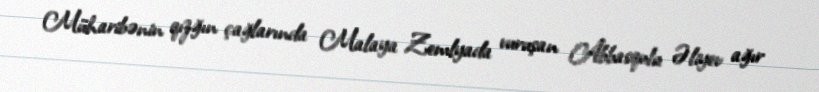
Müharibənin qızğın çağlarında Malaya Zemlyada vuruşan Abbasqulu Əliyev ağır